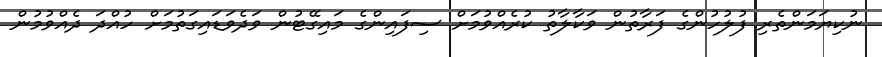
ނުކިޔަމަންތެރި ފުލުހުންގެ ފަރާތުން ވަކާލާތު ކުރެއްވުމަށް ސިފައިންގެ މައިގޭޓުން ވަދެވަޑައިގަތުމަށް ހުއްދަ ދެއްވުމުން